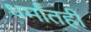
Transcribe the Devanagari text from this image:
धर्मांतही